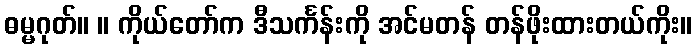
ဓမ္မဂုတ်။ ။ ကိုယ်တော်က ဒီသင်္ကန်းကို အင်မတန် တန်ဖိုးထားတယ်ကိုး။